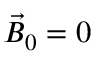
{ \vec { B } } _ { 0 } = 0